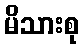
မိသားစု